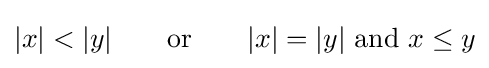
|x|<|y|\qquad {\text{or}}\qquad |x|=|y|{\text{ and }}x\leq y